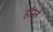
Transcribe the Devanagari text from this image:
होस्ते